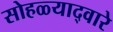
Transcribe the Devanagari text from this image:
सोहळ्याद्वारे